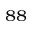
^ { 8 8 }